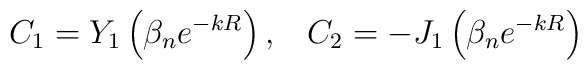
C_{1} = Y_1 \left(\beta_{n}e^{-kR} \right), \; \; \; C_{2} = - J_1 \left(\beta_{n}e^{-kR}\right)